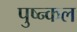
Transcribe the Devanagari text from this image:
पुष्न्कल